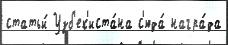
статьи́ Узб'ек'иста́на с'юда́ награ́да